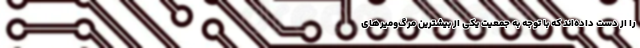
را از دست داده‌اند که با توجه به جمعیت یکی از بیشترین مرگ‌و‌میرهای